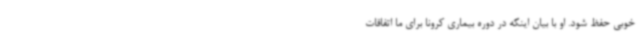
خوبی حفظ شود. او با بیان اینکه در دوره بیماری کرونا برای ما اتفاقات